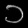
Digit: ၁